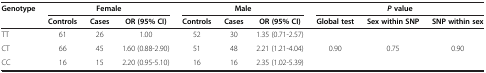
<table><thead><tr><td rowspan="2"><b>Genotype</b></td><td colspan="3"><b>Female</b></td><td colspan="3"><b>Male</b></td><td colspan="3"><b><i>P </i>value</b></td></tr><tr><td><b>Controls</b></td><td><b>Cases</b></td><td><b>OR (95% CI)</b></td><td><b>Controls</b></td><td><b>Cases</b></td><td><b>OR (95% CI)</b></td><td><b>Global test</b></td><td><b>Sex within SNP</b></td><td><b>SNP within sex</b></td></tr></thead><tbody><tr><td>TT</td><td>61</td><td>26</td><td>1.00</td><td>52</td><td>30</td><td>1.35 (0.71-2.57)</td><td rowspan="3">0.90</td><td rowspan="3">0.75</td><td rowspan="3">0.90</td></tr><tr><td>CT</td><td>66</td><td>45</td><td>1.60 (0.88-2.90)</td><td>51</td><td>48</td><td>2.21 (1.21-4.04)</td></tr><tr><td>CC</td><td>16</td><td>15</td><td>2.20 (0.95-5.10)</td><td>16</td><td>16</td><td>2.35 (1.02-5.39)</td></tr></tbody></table>